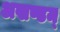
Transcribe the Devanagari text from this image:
अखण्डम्